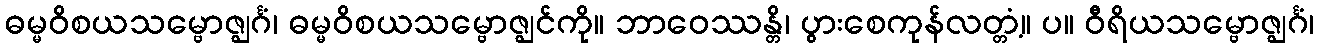
ဓမ္မဝိစယသမ္ဗောဇ္ဈင်္ဂံ၊ ဓမ္မဝိစယသမ္ဗောဇ္ဈင်ကို။ ဘာဝေဿန္တိ၊ ပွားစေကုန်လတ္တံ့။ ပ။ ဝီရိယသမ္ဗောဇ္ဈင်္ဂံ၊